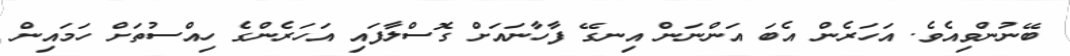
ބޭނުންވިއެވެ. އަހަރެން އެބަ އަންނަން އިނގޭ ފާހާނައަށް ގޮސްލާފައި އަހަރެންގެ ހިއްސުތަށް ހަމައިން